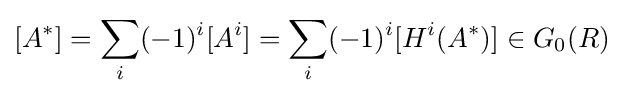
[A^{*}]=\sum _{i}(-1)^{i}[A^{i}]=\sum _{i}(-1)^{i}[H^{i}(A^{*})]\in G_{0}(R)